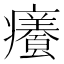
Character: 𭼸